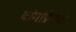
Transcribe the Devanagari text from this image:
व्यंगप्रियता